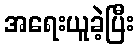
အရေးယူခဲ့ပြီး